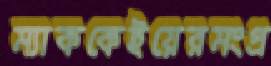
ম্যাককেইয়েরমংপ্র